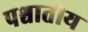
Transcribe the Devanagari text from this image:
पश्चातीय